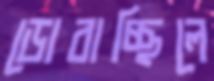
ডোবাচ্ছিলে